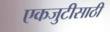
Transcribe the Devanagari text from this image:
एकजुटीसाठी